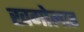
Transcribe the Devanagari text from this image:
खगोलात